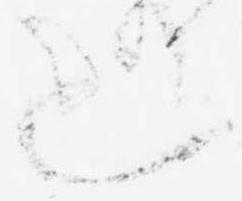
も